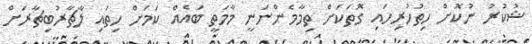
ޝުކުރު ނުކޮށް ހިތުހުރިހައި ގޮތަކަށް ތިމާމެންނަނީ މާމަތީ ބައެއް ކަމަށް ހިތައި ލާޗާރުބިޗާރަށް